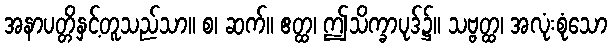
အနာပတ္တိနှင့်တူသည်သာ။ စ၊ ဆက်။ ဧတ္ထ၊ ဤသိက္ခာပုဒ်၌။ သဗ္ဗတ္ထ၊ အလုံးစုံသော